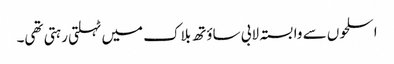
اسلحوں سے وابستہ لابی ساؤتھ بلاک میں ٹہلتی رہتی تھی۔